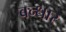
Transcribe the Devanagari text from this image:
बन्धार